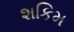
શકિમ